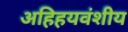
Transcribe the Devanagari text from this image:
अहिहयवंशीय